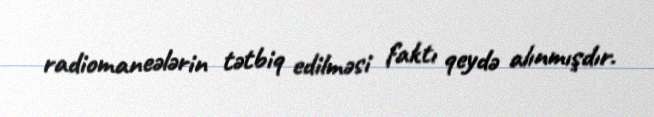
radiomaneələrin tətbiq edilməsi faktı qeydə alınmışdır.